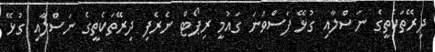
ދިރޭތަކެތީގެ ނަސްލާއި ގުޅޭ ފަސްވަނަ ގައުމީ ރިޕޯޓް ނެރެފި ދިރޭތަކެތީގެ ނަސްލާއި ގުޅޭ